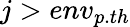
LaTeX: j>env_{p.th}